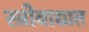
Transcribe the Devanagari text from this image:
स्त्रीवाद्यात